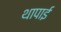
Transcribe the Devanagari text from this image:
थापाई